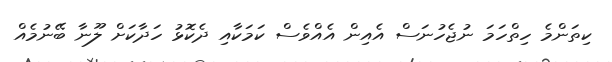
ކިތަންމެ ހިތްހަމަ ނުޖެހުނަސް އެއިން އެއްވެސް ކަމަކާއި ދެކޮޅު ހަދާކަށް ލޫނާ ބޭނުމެއް